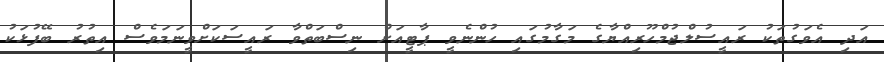
އަދި އެވަގުތަކު ރައީސުލްޖުމްހޫރިއްޔާގެ މަގާމުގައި ހުންނެވީ ޕާޓީއަށް ނިސްބަތްވާ ރައީސަކަށްވީނަމަވެސް އިތުރު ބޭފުޅަކު